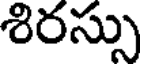
శిరస్సు